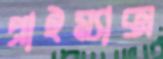
প্রাইম্যাক্স